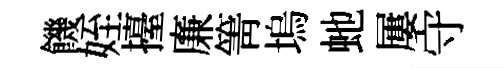
饑姪擡廉箐塢虵屢守